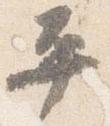
平